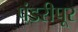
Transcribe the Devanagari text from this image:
पंडरीपूर